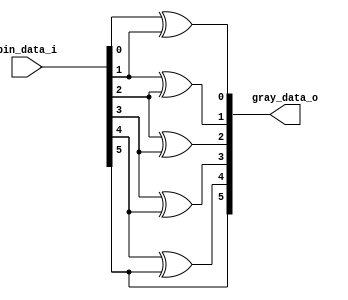
module bin_to_gray#(
	parameter WIDTH = 5
)(
		bin_data_i,
		gray_data_o
		
);

	input	[WIDTH:0]					bin_data_i;
	output[WIDTH:0]					gray_data_o;
	
	wire 						gray_c_d_h;
	reg	[WIDTH-1:0]		gray_c_d;
	
	assign gray_c_d_h = bin_data_i[WIDTH];
	
	integer i;
	always @(*)
		for( i = 0 ; i<WIDTH;i=i+1)
			gray_c_d[i] = bin_data_i[i]^bin_data_i[i+1];

	assign gray_data_o = {gray_c_d_h,gray_c_d};
	
endmodule